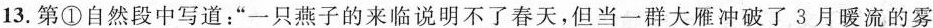
13.第①自然段中写道：”一只燕子的来临说明不了春天，但当一群大雁冲破了3月暖流的雾